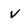
Character: V